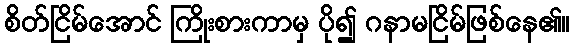
စိတ်ငြိမ်အောင် ကြိုးစားကာမှ ပို၍ ဂနာမငြိမ်ဖြစ်နေ၏။